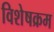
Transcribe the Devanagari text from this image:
विशेषक्रम